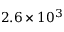
2 . 6 \times 1 0 ^ { 3 }